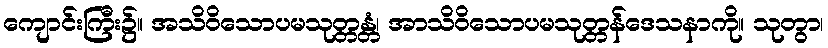
ကျောင်းကြီး၌။ အသိဝိသောပမသုတ္တန္တံ၊ အာသိဝိသောပမသုတ္တန်ဒေသနာကို။ သုတွာ၊